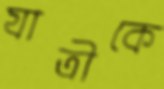
যাত্রীকে